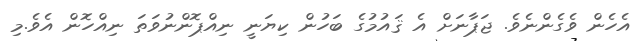
އެހެން ވެގެންނެވެ. ޖަޕާނަށް އެ ޤައުމުގެ ބަހުން ކިޔަނީ ނިއްޕޮންނުވަތަ ނިއްހޮން އެވެ.މި